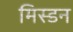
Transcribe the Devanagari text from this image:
मिस्डन